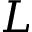
L